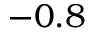
- 0 . 8